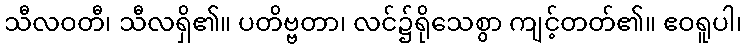
သီလဝတီ၊ သီလရှိ၏။ ပတိဗ္ဗတာ၊ လင်၌ရိုသေစွာ ကျင့်တတ်၏။ ဧဝရူပါ၊